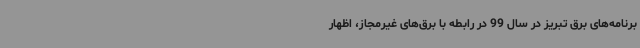
برنامه‌های برق تبریز در سال 99 در رابطه با برق‌های غیرمجاز، اظهار